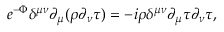
e ^ { - \Phi } \delta ^ { \mu \nu } \partial _ { \mu } ( \rho \partial _ { \nu } \tau ) = - i \rho \delta ^ { \mu \nu } \partial _ { \mu } \tau \partial _ { \nu } \tau ,